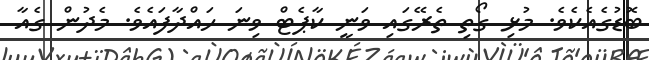
ބޮޑުގެއެކެވެ. މުޅި ގޯތި ތެރޭގައި ވަނީ ކާޕެޓް ވިނަ ހައްދާފައެވެ. މެދުން ގެއާ